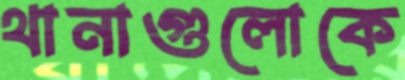
থানাগুলোকে